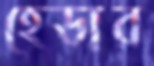
হেডার